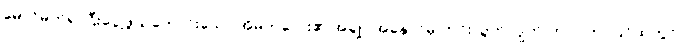
မှောင်မိုက်၍ ငြီးငွေ့ဖွယ်ကောင်းသော အိမ်ကလေး၏ အချုပ်အနှောင်မှ ကင်းလွတ်လျက် ဤလဟာပြင်ထဲတွင်